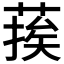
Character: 𮐉